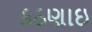
કઠણાઇ